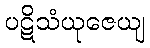
ပဋိသံယုဇေယျ